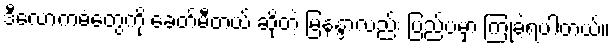
ဒီလောကဓံတွေကို ခေတ်မီတယ် ဆိုတဲ့ မြနန္ဒာလည်း ပြည်ပမှာ ကြုံခဲ့ရပါတယ်။